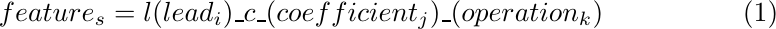
\begin{equation}
  feature_s = l(lead_i)\_c\_(coefficient_j)\_(operation_k)
  \label{eq:spectral_feature_detail}
\end{equation}